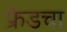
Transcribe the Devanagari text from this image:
फ्रेडचा